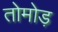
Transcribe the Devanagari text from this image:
तोमोड़